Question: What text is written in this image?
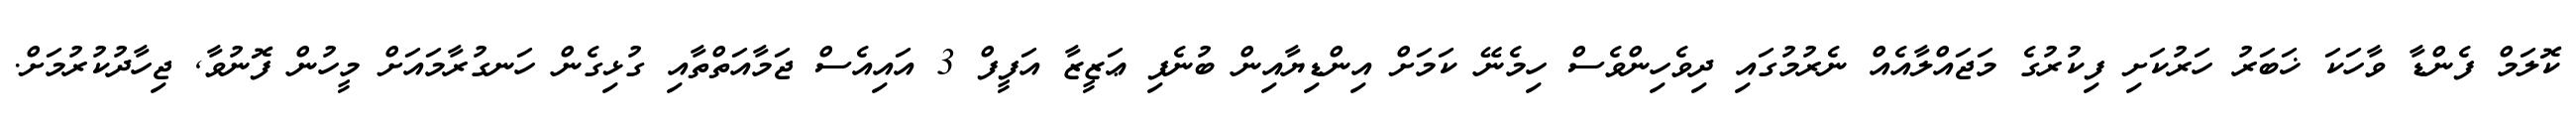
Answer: ކޮލަމް ފެންޑާ ވާހަކަ ޚަބަރު ހަރުކަށި ފިކުރުގެ މަޖައްލާއެއް ނެރުމުގައި ދިވެހިންވެސް ހިމެނޭ ކަމަށް އިންޑިޔާއިން ބުނެފި ޢަޒީޒާ އަފީފް 3 އައިއެސް ޖަމާއަތްތާއި ގުޅިގެން ހަނގުރާމައަށް މީހުން ފޮނުވާ, ޖިހާދުކުރުމަށް.